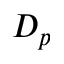
D _ { p }